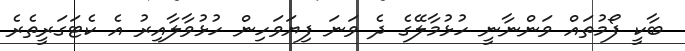
ބާކީ ފޯމުތައް ވަންނާނީ ހުޅުމާލޭގެ ދެ ވަނަ ފިޔަވަހިން ހުޅުވާލާއިރު އެ ކެޓަގަރީތެރެ